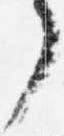
了